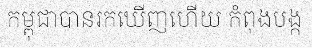
កម្ពុជាបានរកឃើញហើយ កំពុងបង្ក